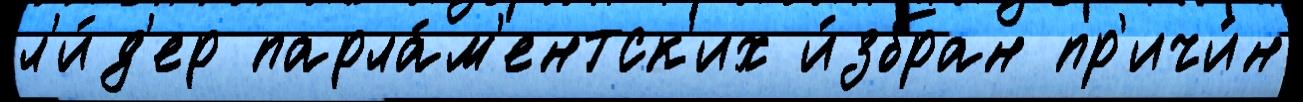
л'и́д'ер парла́м'ентск'их и́збран пр'ичи́н